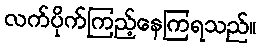
လက်ပိုက်ကြည့်နေကြရသည်။